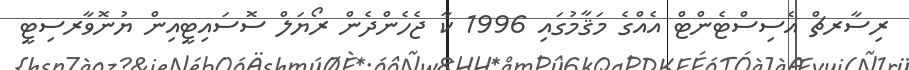
ރިސާރޗް އެސިސްޓެންޓް އެއްގެ މަޤާމުގައި 1996 ކާ ޖެހެންދެން ރޯޔަލް ސޮސައިޓީއިން ޔުނޮވާރސިޓީ